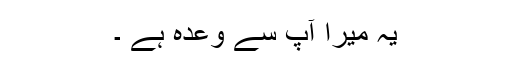
یہ میرا آپ سے وعدہ ہے ۔